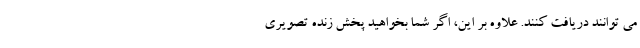
می توانند دریافت کنند. علاوه بر این، اگر شما بخواهید پخش زنده تصویری